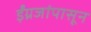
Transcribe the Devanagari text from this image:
ईंग्रजांपासून